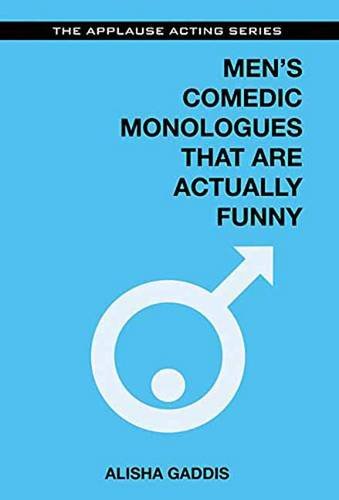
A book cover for Men's Comedic Monologues That Are Actually Funny (The Applause Acting Series); Literature & Fiction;